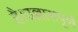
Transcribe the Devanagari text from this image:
है।उल्लासपूर्ण